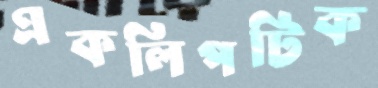
একলিপটিক